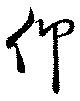
仰